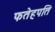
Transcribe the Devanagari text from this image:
फतेहपति